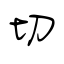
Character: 切